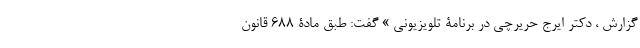
گزارش ، دکتر ایرج حریرچی در برنامۀ تلویزیونی » گفت: طبق مادۀ 688 قانون